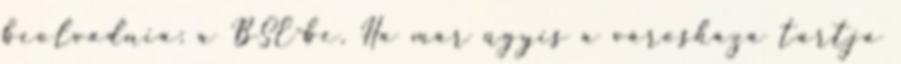
beolvadnia: a BSE-be. Ha már úgyis a városháza tartja